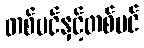
တစ်ပင်နှင့်တစ်ပင်